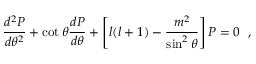
\frac { d ^ { 2 } P } { d \theta ^ { 2 } } + \cot \theta \frac { d P } { d \theta } + \left[ l ( l + 1 ) - \frac { m ^ { 2 } } { \sin ^ { 2 } \theta } \right] P = 0 ~ ~ ,